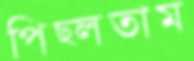
পিছ্‌লতাম